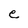
Character: e